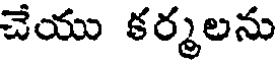
చేయు కర్మలను